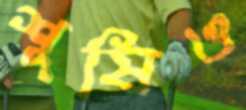
শুষিও